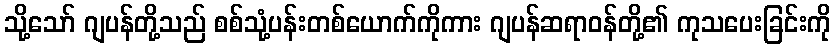
သို့သော် ဂျပန်တို့သည် စစ်သုံ့ပန်းတစ်ယောက်ကိုကား ဂျပန်ဆရာဝန်တို့၏ ကုသပေးခြင်းကို